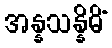
အန္နသန္နိဓိံ